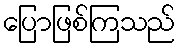
ပြောဖြစ်ကြသည်